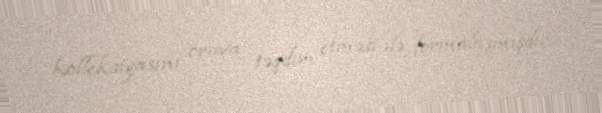
kolleksiyasını oraya təqdim etməsi ilə formalaşmışdır.